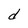
Character: d